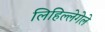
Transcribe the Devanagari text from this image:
लिहिल्लेगेले